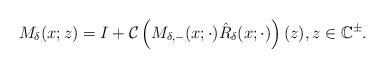
LaTeX: \begin{align*}M_\delta(x ;z)=I+\mathcal{C}\left(M_{\delta,-} (x ; \cdot) \hat{R}_\delta(x;\cdot)\right)(z), z \in\mathbb{C}^{\pm}.\end{align*}